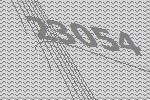
23054